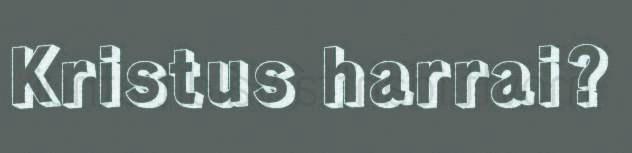
Kristus harrai?